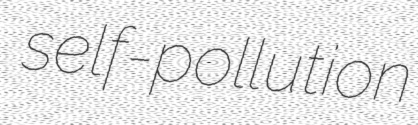
self-pollution